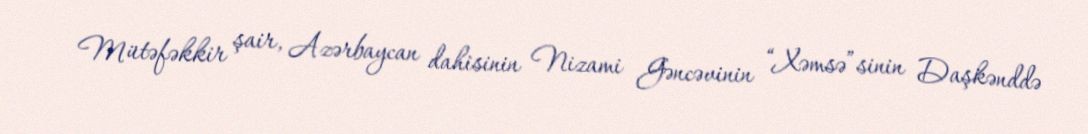
Mütəfəkkir şair, Azərbaycan dahisinin Nizami Gəncəvinin “Xəmsə”sinin Daşkənddə